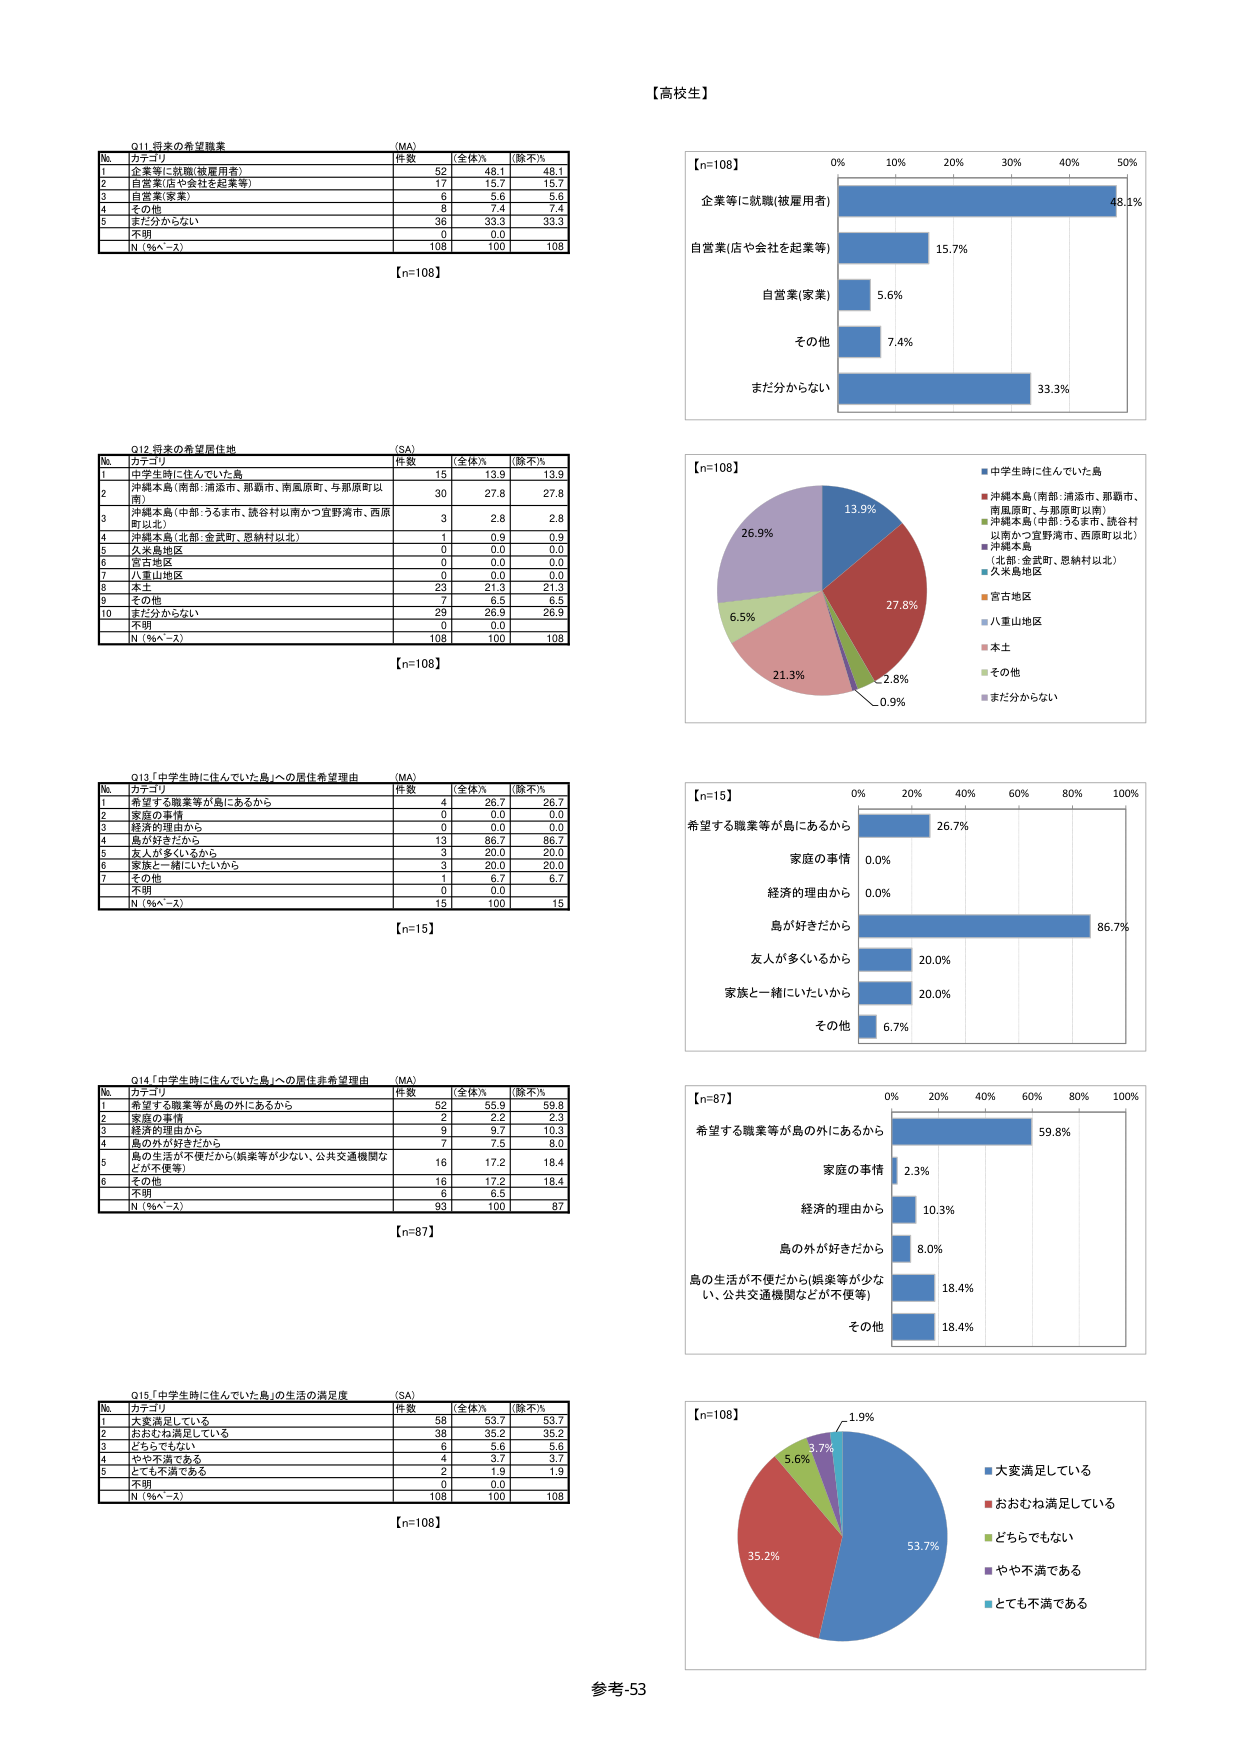
【高校生】

Q11 将来の希望職業
(MA)
№ カテゴリ 件数 (全体%) (除不%)
1 企業等に就職(被雇用者) 52 48.1 48.1
2 自営業(店や会社を起業等) 17 15.7 15.7
3 自営業(家業) 6 5.6 5.6
4 その他 8 7.4 7.4
5 まだ分からない 36 33.3 33.3
不明 0 0.0
N (%^−x) 108 100 108
【n=108】

Q12 将来の希望居住地
(SA)
№ カテゴリ 件数 (全体%) (除不%)
1 中学生時に住んでいた島 15 13.9 13.9
2 沖縄本島(南部:浦添市、那覇市、南風原町、与那原町以南) 30 27.8 27.8
3 沖縄本島(中部:うるま市、読谷村以南かつ宜野湾市、西原町以北) 3 2.8 2.8
4 沖縄本島(北部:金武町、恩納村以北) 1 0.9 0.9
5 久米島地区 0 0.0 0.0
6 宮古島地区 0 0.0 0.0
7 八重山地区 0 0.0 0.0
8 本土 23 21.3 21.3
9 その他 7 6.5 6.5
10 まだ分からない 29 26.9 26.9
不明 0 0.0
N (%^−x) 108 100 108
【n=108】

Q13「中学生時に住んでいた島」への居住希望理由
(MA)
№ カテゴリ 件数 (全体%) (除不%)
1 希望する職業等が島にあるから 4 26.7 26.7
2 家族の事情 0 0.0 0.0
3 経済的理由から 0 0.0 0.0
4 島が好きだから 13 86.7 86.7
5 友人が多くいるから 3 20.0 20.0
6 家族と一緒にいたいから 3 20.0 20.0
7 その他 1 6.7 6.7
不明 0 0.0
N (%^−x) 15 100 15
【n=15】

Q14「中学生時に住んでいた島」への居住希望理由
(MA)
№ カテゴリ 件数 (全体%) (除不%)
1 希望する職業等が島の外にあるから 52 55.9 59.8
2 家族の事情 2 2.2 2.3
3 経済的理由から 9 9.7 10.3
4 島の外が好きだから 7 7.5 8.0
5 島の生活が不便だから(娯楽等が少ない、公共交通機関などが不便等) 16 17.2 18.4
6 その他 16 17.2 18.4
不明 6 6.5
N (%^−x) 93 100 87
【n=87】

Q15「中学生時に住んでいた島」の生活の満足度
(SA)
№ カテゴリ 件数 (全体%) (除不%)
1 大変満足している 58 53.7 53.7
2 おおむね満足している 38 35.2 35.2
3 どちらでもない 6 5.6 5.6
4 やや不満である 4 3.7 3.7
5 とても不満である 2 1.9 1.9
不明 0 0.0
N (%^−x) 108 100 108
【n=108】

【n=108】
0% 10% 20% 30% 40% 50%
企業等に就職(被雇用者) 48.1%
自営業(店や会社を起業等) 15.7%
自営業(家業) 5.6%
その他 7.4%
まだ分からない 33.3%

【n=108】
13.9%
27.8%
2.8%
0.9%
21.3%
6.5%
26.9%
■中学生時に住んでいた島
■沖縄本島(南部:浦添市、那覇市、南風原町、与那原町以南)
■沖縄本島(中部:うるま市、読谷村以南かつ宜野湾市、西原町以北)
■沖縄本島(北部:金武町、恩納村以北)
■久米島地区
■宮古島地区
■八重山地区
■本土
■その他
■まだ分からない

【n=15】
0% 20% 40% 60% 80% 100%
希望する職業等が島にあるから 26.7%
家庭の事情 0.0%
経済的理由から 0.0%
島が好きだから 86.7%
友人が多くいるから 20.0%
家族と一緒にいたいから 20.0%
その他 6.7%

【n=87】
0% 20% 40% 60% 80% 100%
希望する職業等が島の外にあるから 59.8%
家庭の事情 2.3%
経済的理由から 10.3%
島の外が好きだから 8.0%
島の生活が不便だから(娯楽等が少ない、公共交通機関などが不便等) 18.4%
その他 18.4%

【n=108】
1.9%
3.7%
5.6%
35.2%
53.7%
■大変満足している
■おおむね満足している
■どちらでもない
■やや不満である
■とても不満である

参考-53